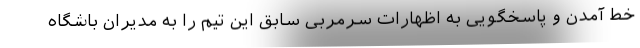
خط آمدن و پاسخگویی به اظهارات سرمربی سابق این تیم را به مدیران باشگاه